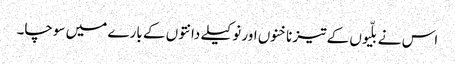
اس نے بلّیوں کے تیز ناخنوں اور نوکیلے دانتوں کے بارے میں سوچا۔